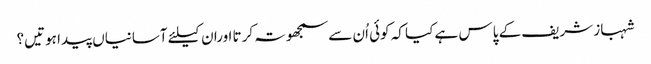
شہباز شریف کے پاس ہے کیا کہ کوئی اُن سے سمجھوتہ کرتا اوران کیلئے آسانیاں پیدا ہوتیں؟